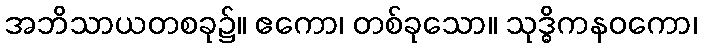
အဘိသာယတစခု၌။ ဧကော၊ တစ်ခုသော။ သုဒ္ဓိကနဝကော၊